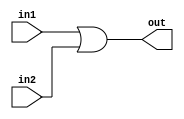
module orgate (in1, in2, out);
	input in1,in2;
	output out;
	
	wire in1,in2,out;
	
	or g1(out,in1,in2);
endmodule